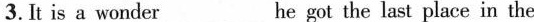
3. It is a wonder_he got the last place in the